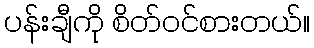
ပန်းချီကို စိတ်ဝင်စားတယ်။